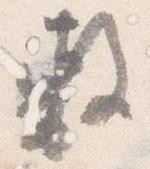
敷